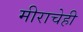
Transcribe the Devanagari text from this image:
मीराचेही